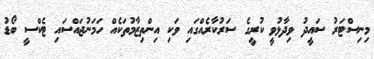
މިނިސްޓަރު ސައީދު ވިދާޅުވީ ކުރީގެ ސަރުކާރެއްގައި ވަކި އިންތިޒާމުތަކެއް ހަމަނުޖައްސައި ޓެކްސީ ބޯޑު